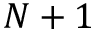
N + 1